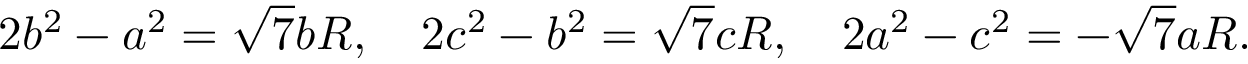
2 b ^ { 2 } - a ^ { 2 } = { \sqrt { 7 } } b R , \quad 2 c ^ { 2 } - b ^ { 2 } = { \sqrt { 7 } } c R , \quad 2 a ^ { 2 } - c ^ { 2 } = - { \sqrt { 7 } } a R .